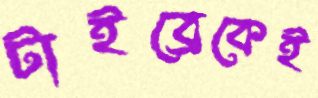
টাইব্রেকেই